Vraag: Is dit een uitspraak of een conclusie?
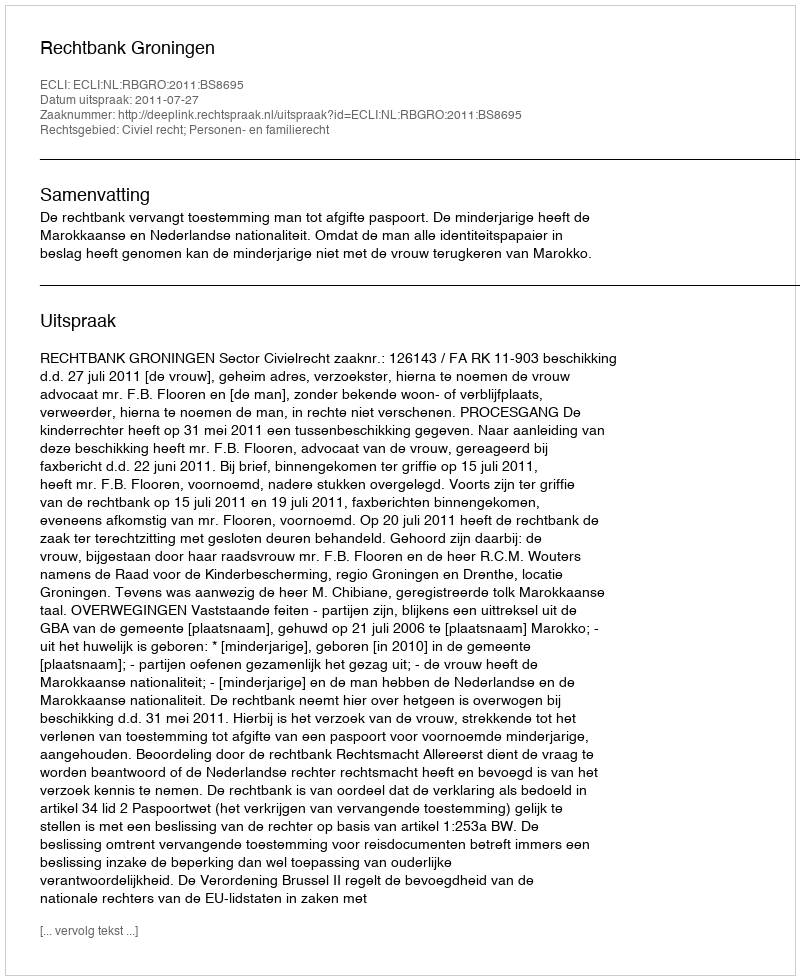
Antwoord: Uitspraak